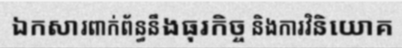
ឯកសារពាក់ព័ន្ធនឹងធុរកិច្ច និងការវិនិយោគ